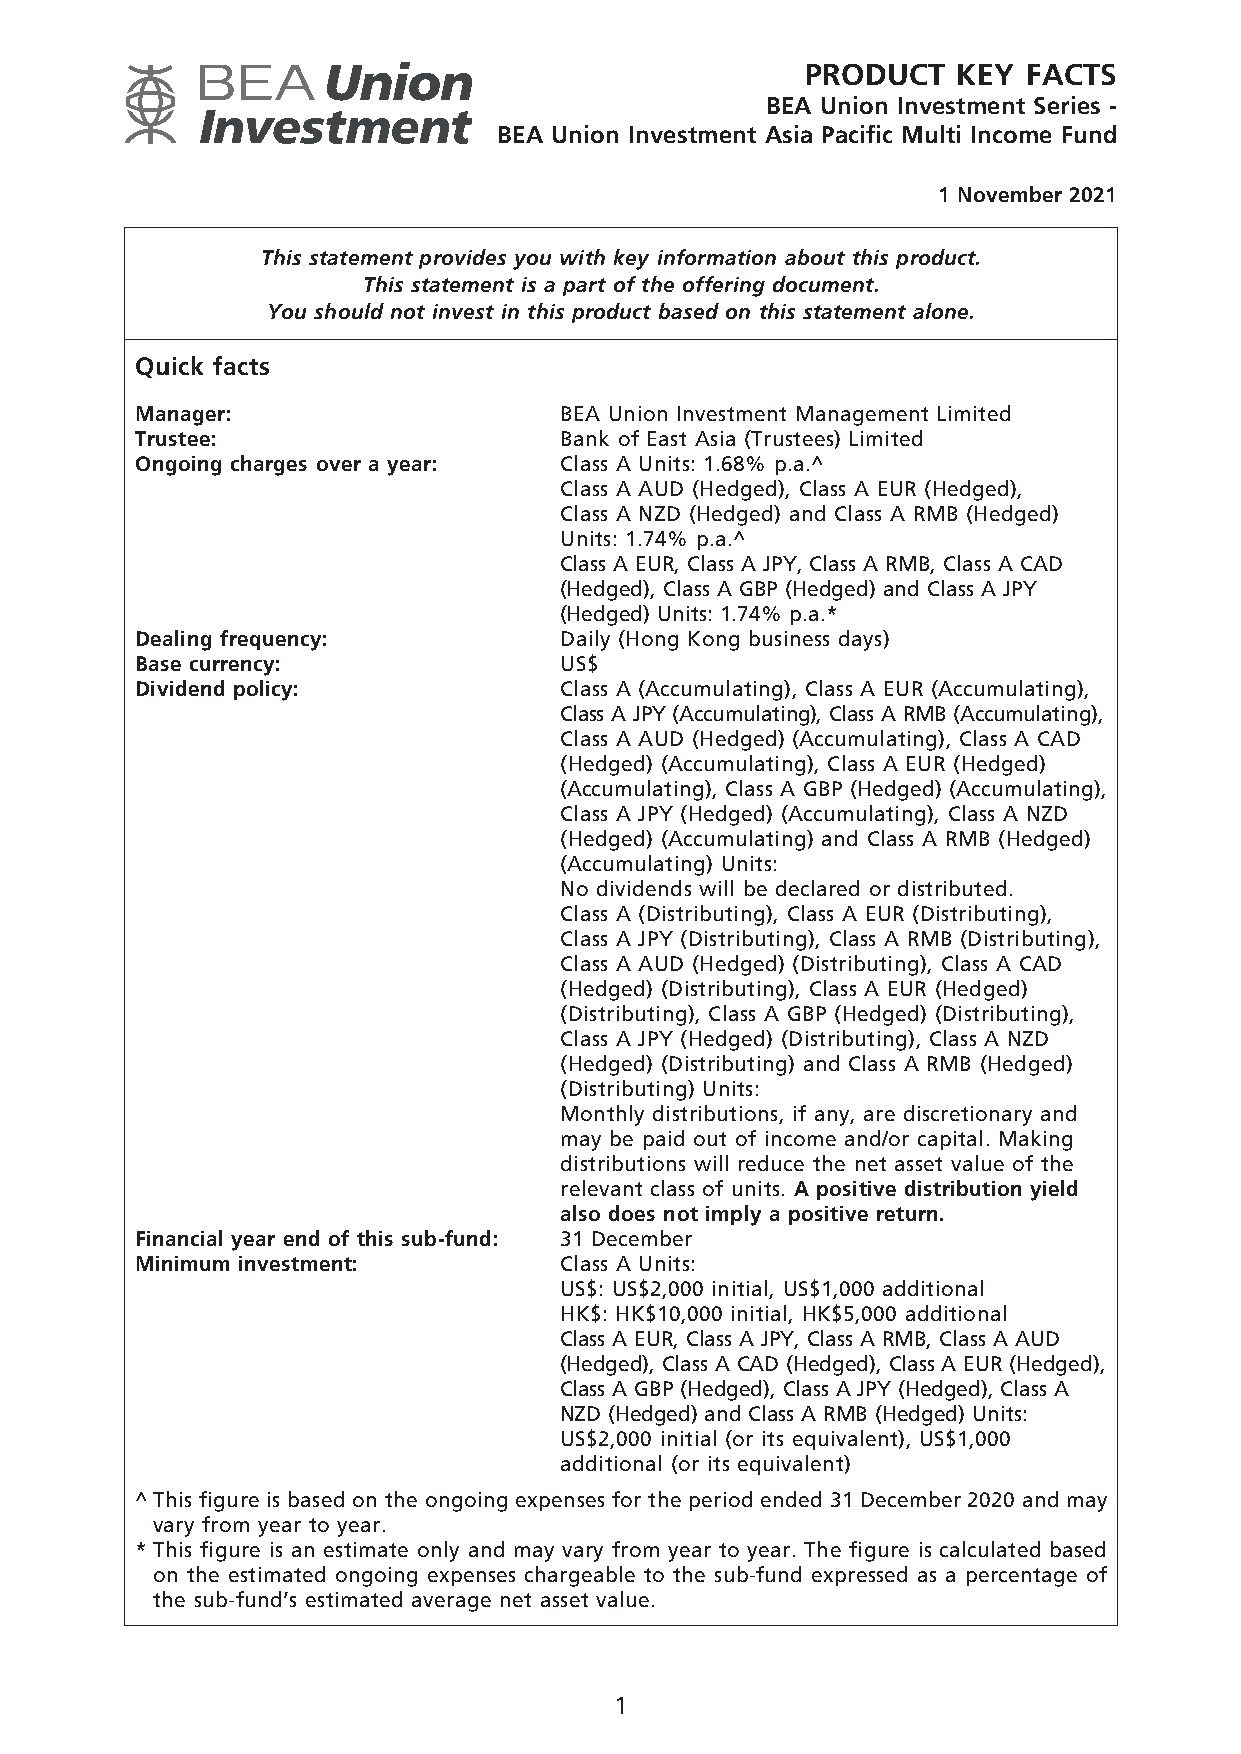
PRODUCT   KEY  FACTS
 BEA Union Investment Series -
 BEA Union Investment Asia Pacific Multi Income Fund
 1 November 2021
 This statement provides you with key information about this product.
 This statement is a part of the offering document.
 You should not invest in this product based on this statement alone.
 Quick facts
 Manager:                    BEA Union Investment Management Limited
 Trustee:                    Bank of East Asia (Trustees) Limited
 Ongoing charges over a year: Class A Units: 1.68% p.a.^
 Class A AUD (Hedged), Class A EUR (Hedged),
 Class A NZD (Hedged) and Class A RMB (Hedged)
 Units: 1.74% p.a.^
 Class A EUR, Class A JPY, Class A RMB, Class A CAD
 (Hedged), Class A GBP (Hedged) and Class A JPY
 (Hedged) Units: 1.74% p.a.*
 Dealing frequency:          Daily (Hong Kong business days)
 Base currency:              US$
 Dividend policy:            Class A (Accumulating), Class A EUR (Accumulating),
 Class A JPY (Accumulating), Class A RMB (Accumulating),
 Class A AUD (Hedged) (Accumulating), Class A CAD
 (Hedged) (Accumulating), Class A EUR (Hedged)
 (Accumulating), Class A GBP (Hedged) (Accumulating),
 Class A JPY (Hedged) (Accumulating), Class A NZD
 (Hedged) (Accumulating) and Class A RMB (Hedged)
 (Accumulating) Units:
 No dividends will be declared or distributed.
 Class A (Distributing), Class A EUR (Distributing),
 Class A JPY (Distributing), Class A RMB (Distributing),
 Class A AUD (Hedged) (Distributing), Class A CAD
 (Hedged) (Distributing), Class A EUR (Hedged)
 (Distributing), Class A GBP (Hedged) (Distributing),
 Class A JPY (Hedged) (Distributing), Class A NZD
 (Hedged) (Distributing) and Class A RMB (Hedged)
 (Distributing) Units:
 Monthly distributions, if any, are discretionary and
 may be paid out of income and/or capital. Making
 distributions will reduce the net asset value of the
 relevant class of units. A positive distribution yield
 also does not imply a positive return.
 Financial year end of this sub-fund: 31 December
 Minimum investment:         Class A Units:
 US$: US$2,000 initial, US$1,000 additional
 HK$: HK$10,000 initial, HK$5,000 additional
 Class A EUR, Class A JPY, Class A RMB, Class A AUD
 (Hedged), Class A CAD (Hedged), Class A EUR (Hedged),
 Class A GBP (Hedged), Class A JPY (Hedged), Class A
 NZD (Hedged) and Class A RMB (Hedged) Units:
 US$2,000 initial (or its equivalent), US$1,000
 additional (or its equivalent)
 ^ This figure is based on the ongoing expenses for the period ended 31 December 2020 and may
 vary from year to year.
 * This figure is an estimate only and may vary from year to year. The figure is calculated based
 on the estimated ongoing expenses chargeable to the sub-fund expressed as a percentage of
 the sub-fund’s estimated average net asset value.
 1